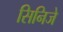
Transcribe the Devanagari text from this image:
सिनिजे